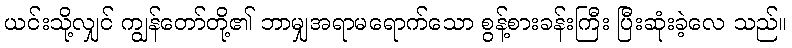
ယင်းသို့လျှင် ကျွန်တော်တို့၏ ဘာမျှအရာမရောက်သော စွန့်စားခန်းကြီး ပြီးဆုံးခဲ့လေ သည်။